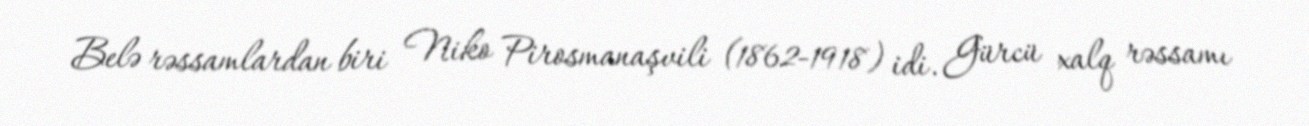
Belə rəssamlardan biri Niko Pirosmanaşvili (1862-1918) idi. Gürcü xalq rəssamı